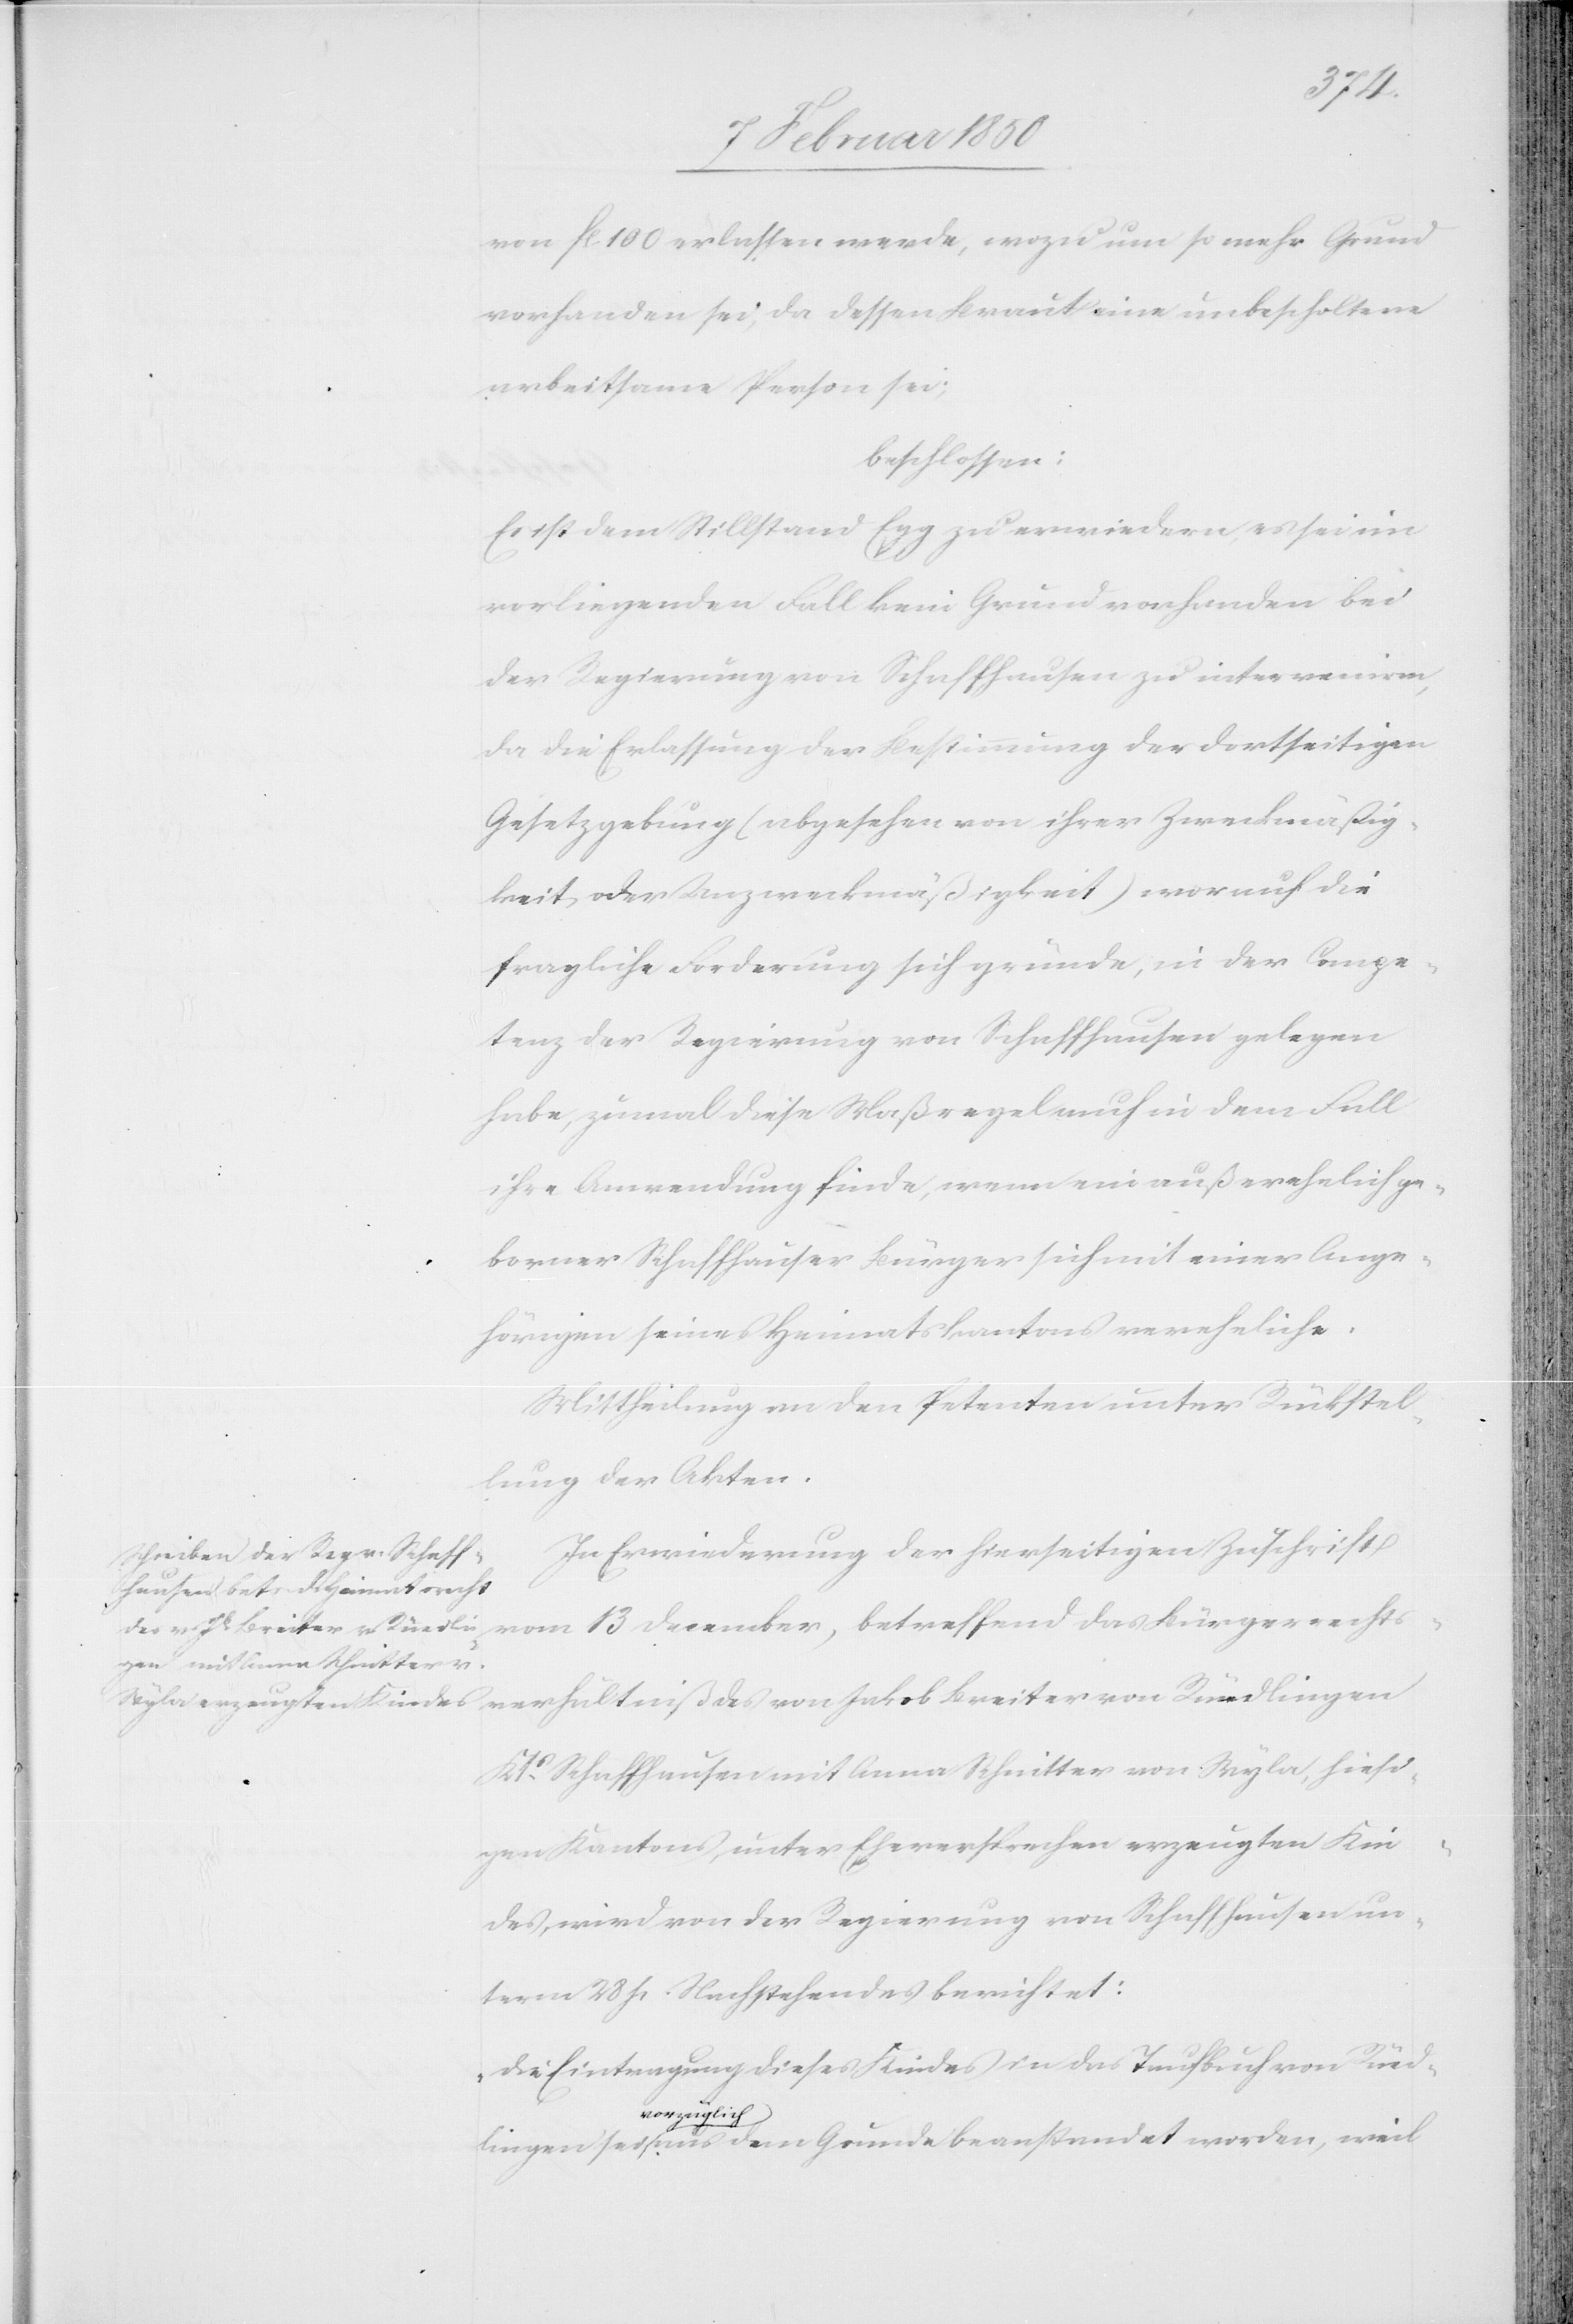
lingen
von fl 100 erlassen werde, wozu um so mehr Grund
vorhanden sei, da dessen Braut eine unbescholtene
arbeitsame Person sei;
beschlossen:
Es ist dem Stillstand Egg zu erwiedern, es sei im
vorliegenden Fall kein Grund vorhanden bei
der Regierung von Schaffhausen zu interveniren,
da die Erlassung der Bestimmung der dortseitigen
Gesetzgebung (abgesehen von ihrer Zweckmäßig¬
keit oder Unzweckmäßigkeit) worauf die
fragliche Forderung sich gründe, in der Compe¬
tenz der Regierung von Schaffhausen gelegen
habe, zumal diese Maßregel auch in dem Fall
ihre Anwendung finde, wenn ein außerehelich ge¬
borner Schaffhauser Bürger sich mit einer Ange¬
hörigen seines Heimatskantons vereheliche.
Mittheilung an den Petenten unter Rückstel¬
lung der Akten.
In Erwiederung der hierseitigen Zuschrift
vom 13 December, betreffend das Bürgerrechts¬
verhältniß des von Jakob Breiter von Rüedlingen
Kts Schaffhausen mit Anna Schnitter von Wyla, hiesi¬
gen Kantons, unter Eheversprechen erzeugten Kin¬
des, wird von der Regierung von Schaffhausen un¬
term 28 p. Nachstehendes berichtet:
Die Eintragung dieses Kindes in das Taufbuch von Rüed¬
vorzüglich